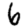
Digit: 6